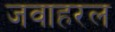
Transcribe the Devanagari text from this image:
जवाहरल